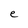
Character: e